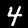
Label: 4